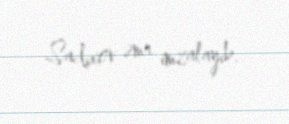
Sadıxov əmr imzalayıb.